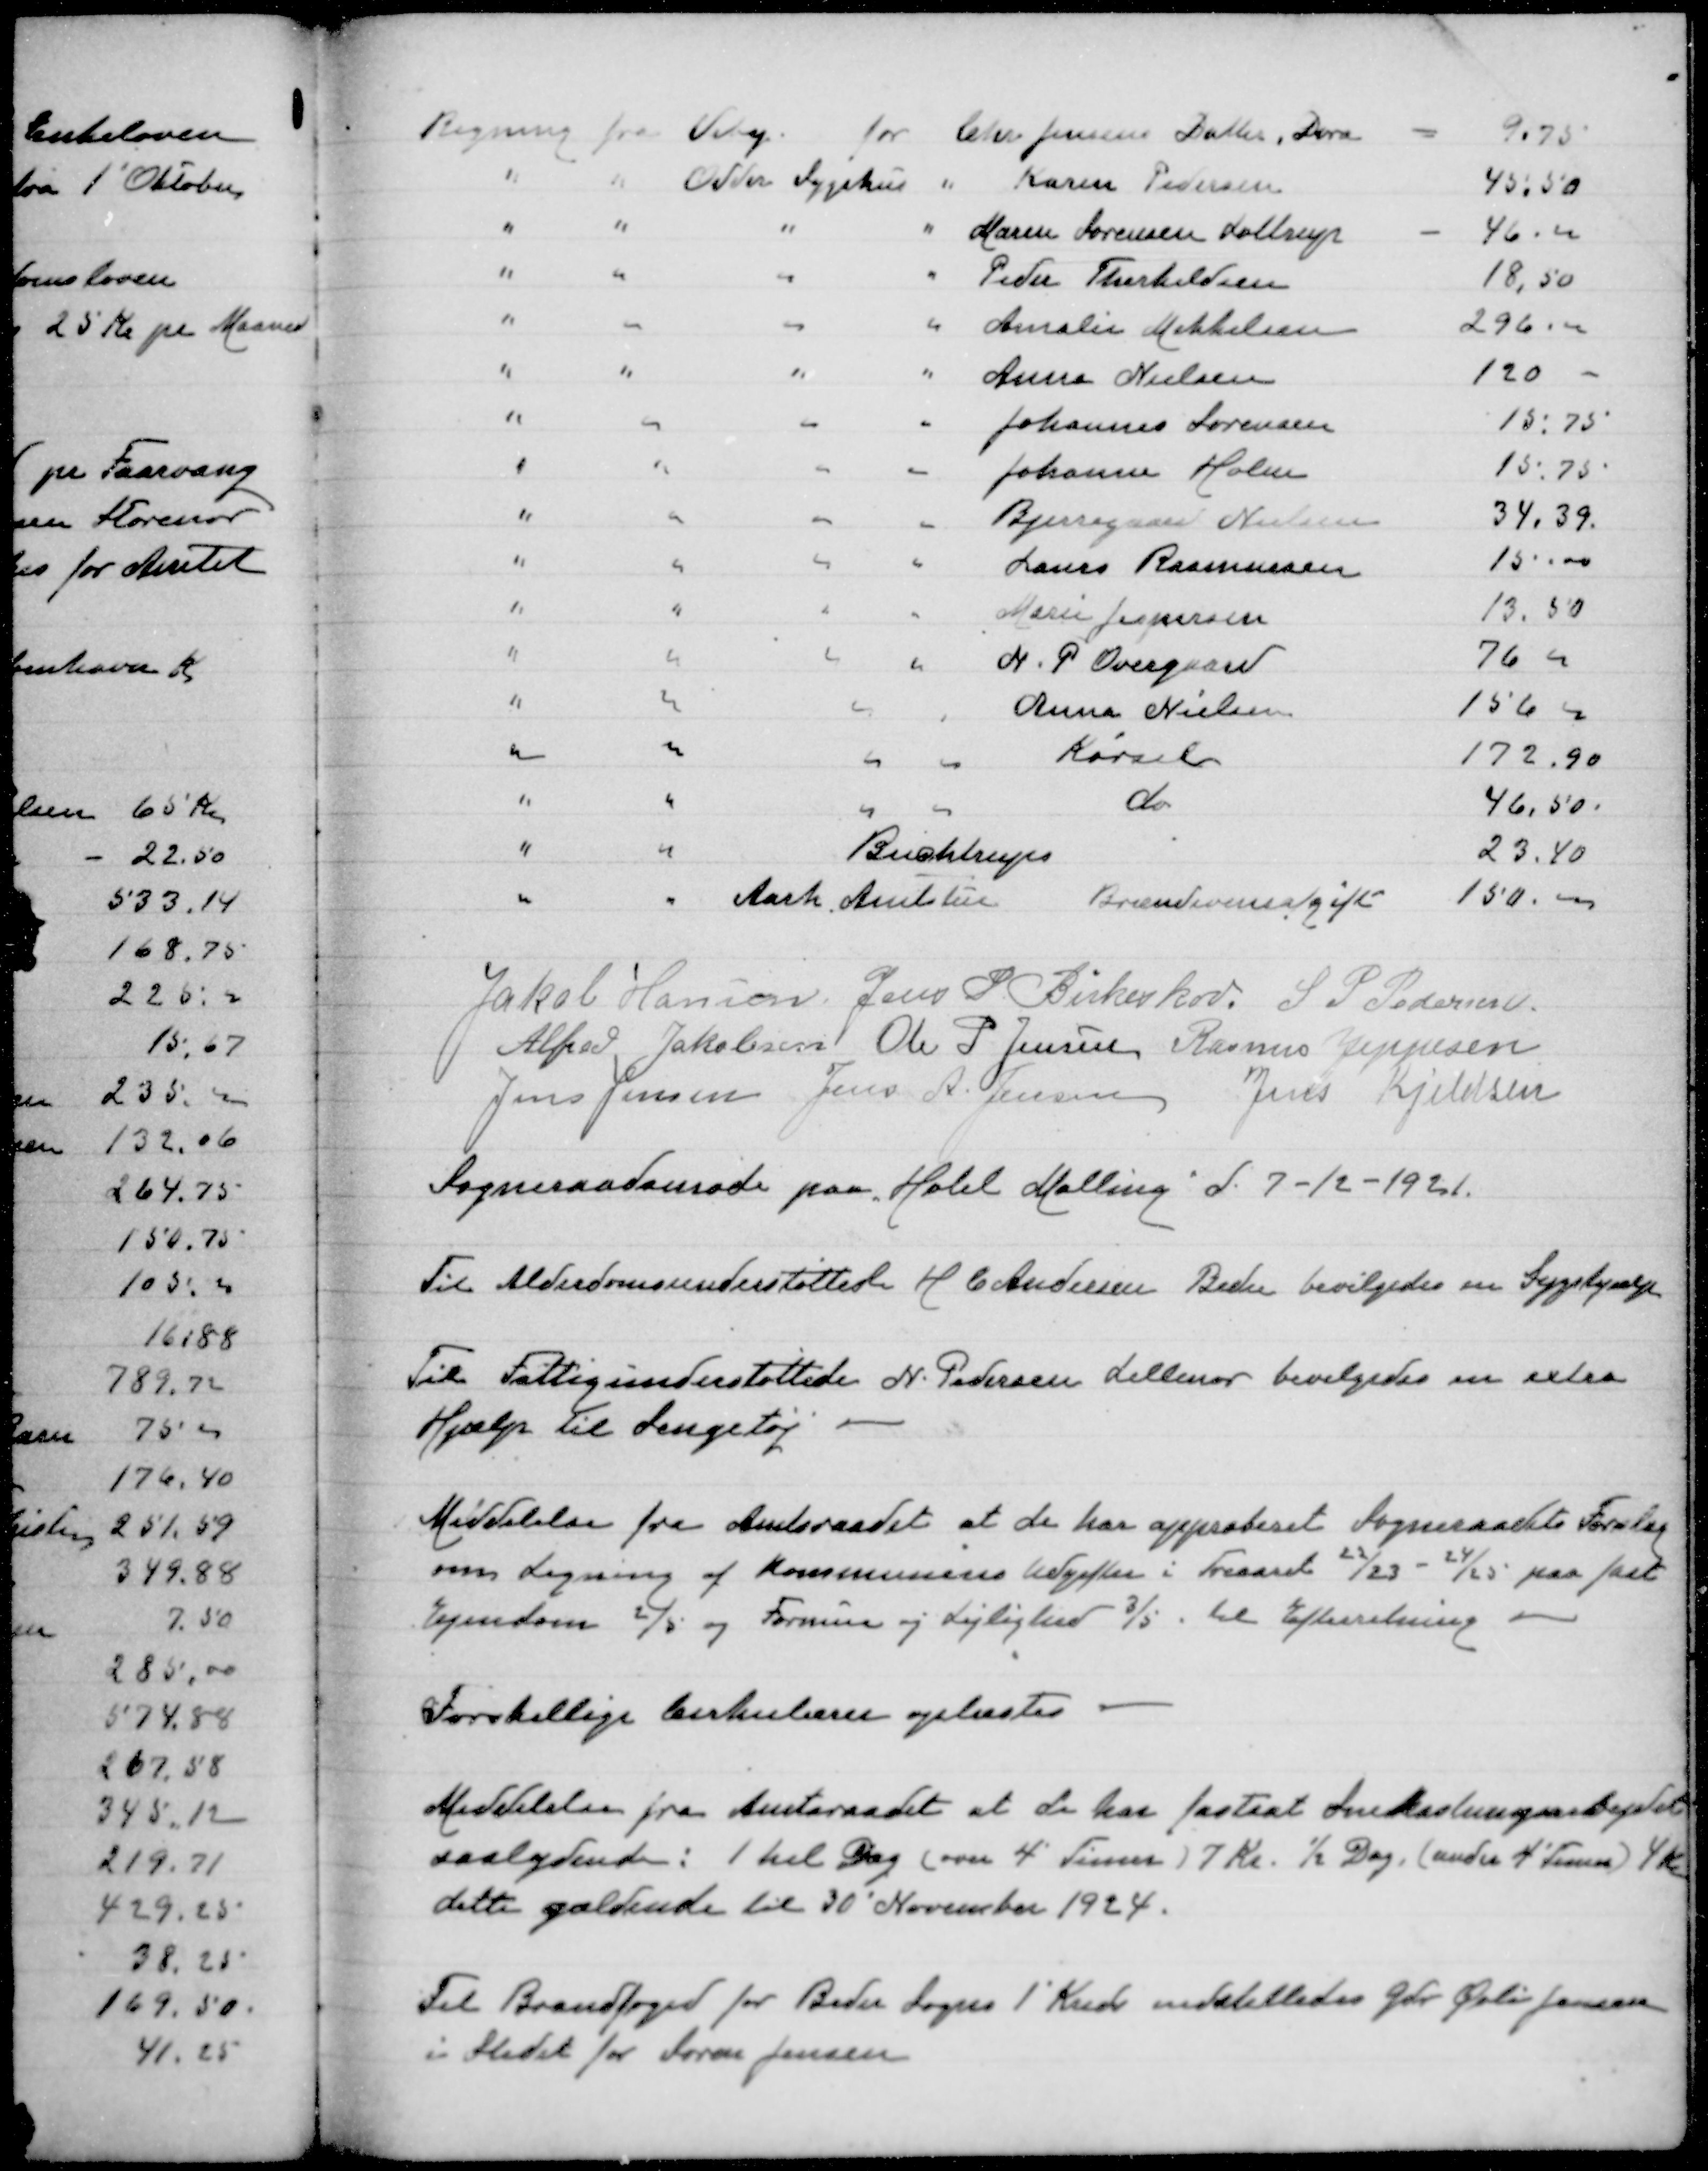
Transskription:
Regning fra Viby for Chr Jensens Datter Dora
9,75
" " Odder Sygehus " Karen Pedersen
45,50
" " " " Maren Sørensen Lottrup
46,00
" " " " Peder Therkildsen
18,50
" " " " Annelis Mikkelsen
296,00
" " " " Anna Nielsen
120
" " " " Johannes Sørensen
15,75
" " " " Johanne Holm
15,75
" " " " Bjerregaard Nielsen
34,39
" " " " Laura Rasmussen
15,00
" " " " Marie Jespersen
13,50
" " " " N P Overgaard
76,00
" " " " Anna Nielsen
156,00
" " " " Kørsel
172,90
" " " " do
46,50
" " Buchtrups
23,40
" " Aarhus Amtsstue Brandsvensafgift
150,00
Jakob Hansen
Jens P Birkeskov
S P Pedersen
Alfred Jakobsen
Ole P Jensen
Rasmus Jeppesen
Jens Jensen
Jens A Jensen
Jens Kjeldsen
Sogneraadsmøde paa Hotel Malling d 7-12-1921
Til Alderdomsunderstøttede H C Andersen Beder bevilgedesen Sygehjælp
Til Fattigunderstøttede N Pedersen Lillenor bevilgedes en extra
Hjælp til Sengetøj
Meddelelse fra Amtsraadet at de har approberet Sogneraadets Forslag
om Ligning af Kommunens Udgifter i Treaaret 22/23-24/25 paa fast
Ejendom 2/5 og Formue og Lejlighed 3/5 til Efterretning
Forskellige Cirkulærer oplæstes
Meddelelse fra Amtsraadet at de har fastsat Snekastningsarbejdet
saalydende: 1 hel Dag (over 4 Timer) 7 Kr ½ Dag (under 4 Timer) 4 Kr
dette gældende til 30 November 1924
Til Brandfoged for Beder 1' Kreds indstilledes Gdr Øvli Jensen
i Stedet for Søren Jensen